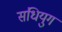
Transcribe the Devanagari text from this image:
संधियुग